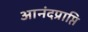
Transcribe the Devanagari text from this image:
आनंदप्राप्ति